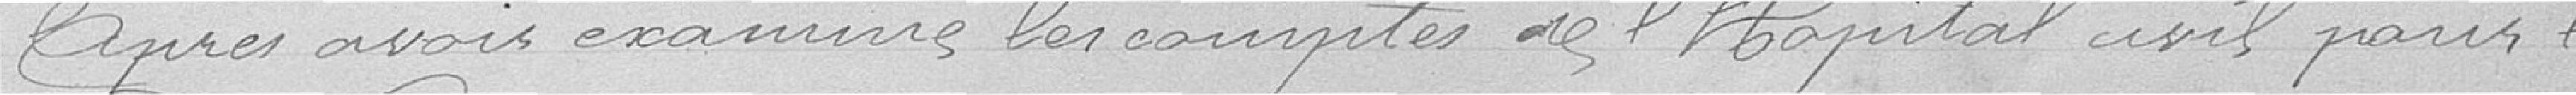
Après avoir examiné les comptes de l'hôpital civil pour l'